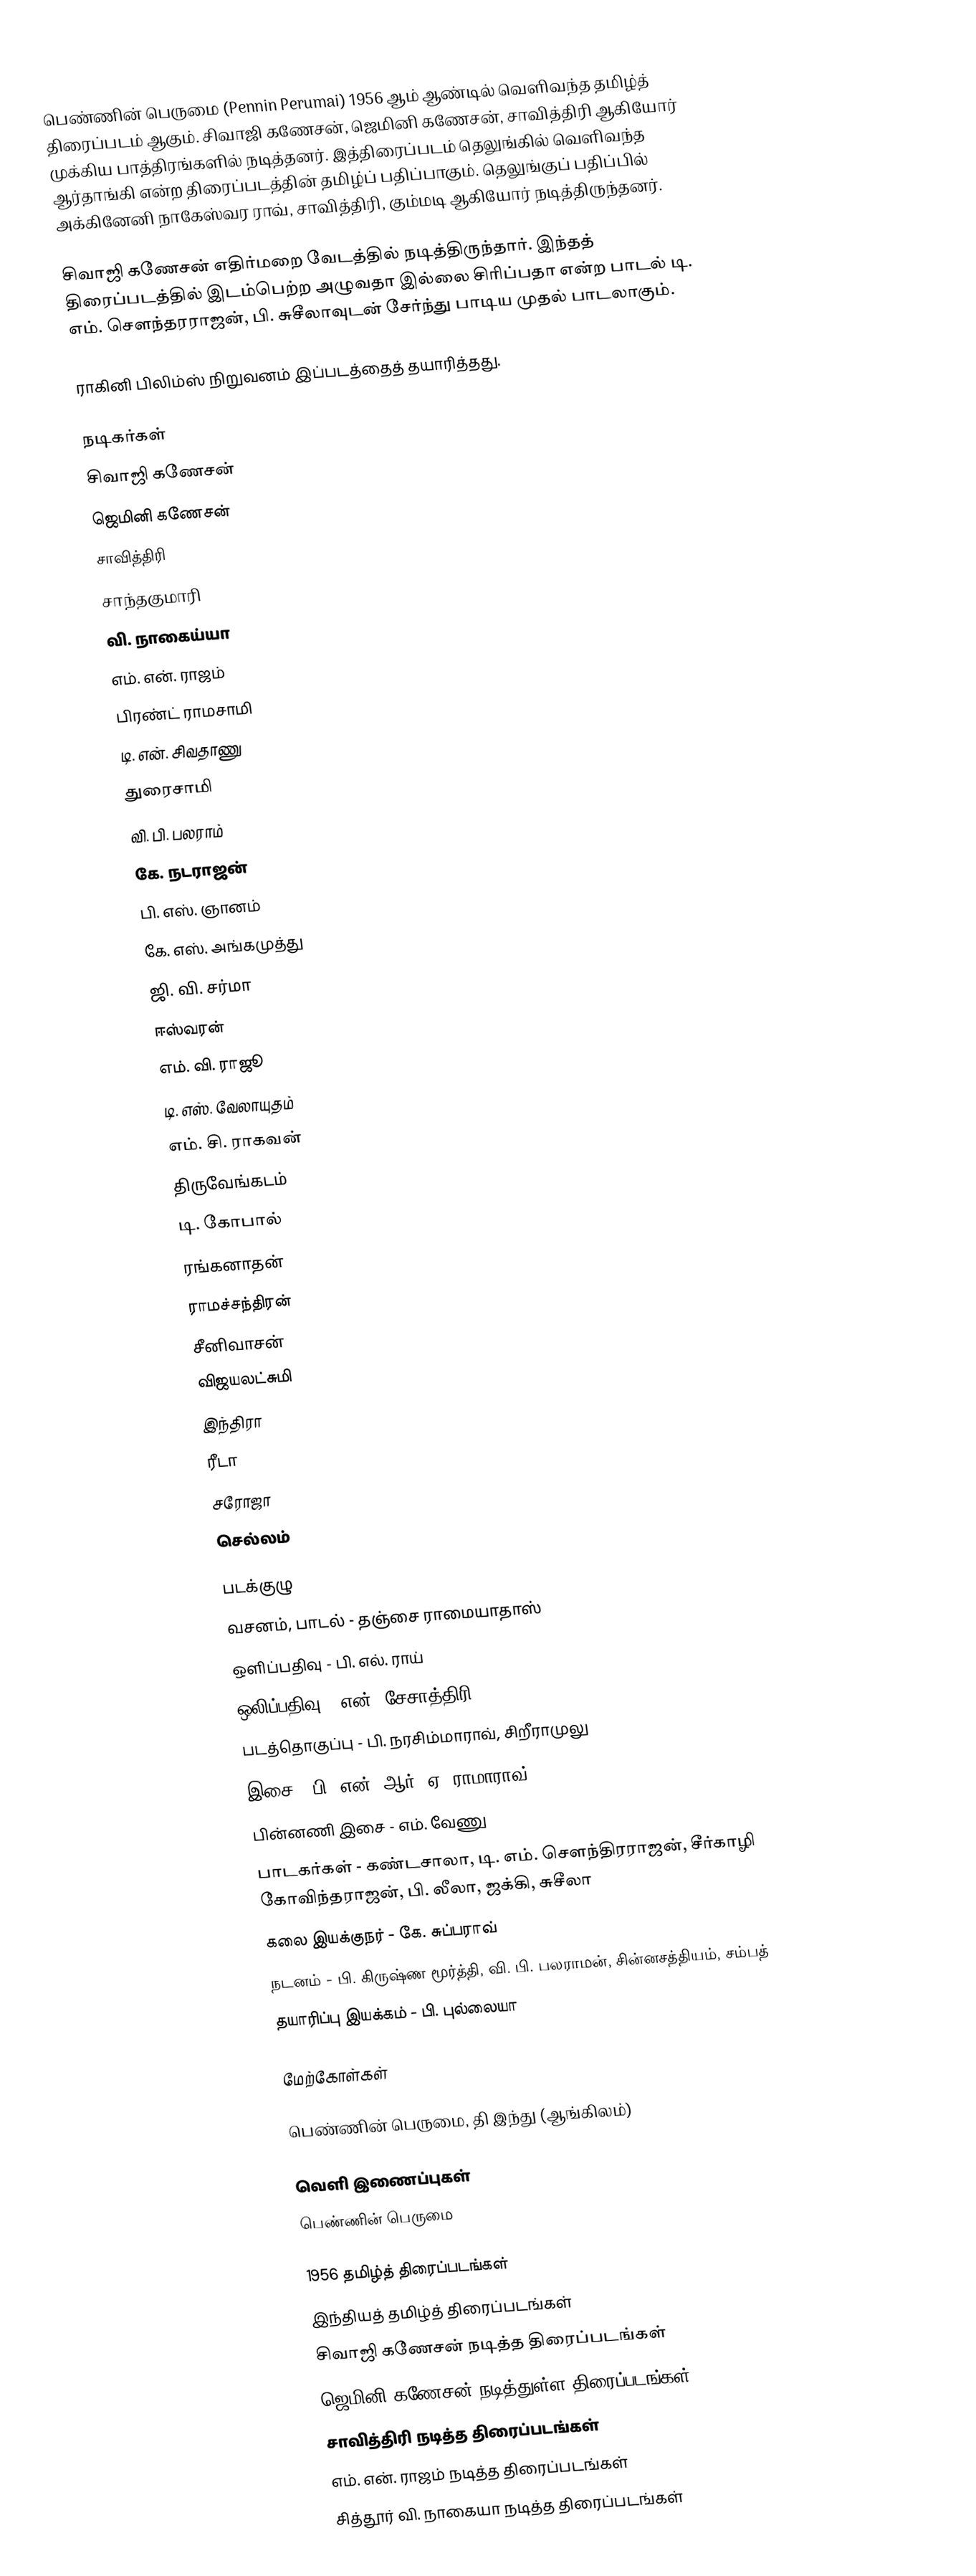
பெண்ணின் பெருமை (Pennin Perumai) 1956 ஆம் ஆண்டில் வெளிவந்த தமிழ்த் திரைப்படம் ஆகும். சிவாஜி கணேசன், ஜெமினி கணேசன், சாவித்திரி ஆகியோர் முக்கிய பாத்திரங்களில் நடித்தனர். இத்திரைப்படம் தெலுங்கில் வெளிவந்த ஆர்தாங்கி என்ற திரைப்படத்தின் தமிழ்ப் பதிப்பாகும். தெலுங்குப் பதிப்பில் அக்கினேனி நாகேஸ்வர ராவ், சாவித்திரி, கும்மடி ஆகியோர் நடித்திருந்தனர்.

சிவாஜி கணேசன் எதிர்மறை வேடத்தில் நடித்திருந்தார். இந்தத் திரைப்படத்தில் இடம்பெற்ற அழுவதா இல்லை சிரிப்பதா என்ற பாடல் டி. எம். சௌந்தரராஜன், பி. சுசீலாவுடன் சேர்ந்து பாடிய முதல் பாடலாகும்.

ராகினி பிலிம்ஸ் நிறுவனம் இப்படத்தைத் தயாரித்தது.

நடிகர்கள்
 சிவாஜி கணேசன்
 ஜெமினி கணேசன்
 சாவித்திரி
 சாந்தகுமாரி
 வி. நாகைய்யா
 எம். என். ராஜம்
 பிரண்ட் ராமசாமி
 டி. என். சிவதாணு
 துரைசாமி
 வி. பி. பலராம்
 கே. நடராஜன்
 பி. எஸ். ஞானம்
 கே. எஸ். அங்கமுத்து
 ஜி. வி. சர்மா
 ஈஸ்வரன்
 எம். வி. ராஜூ
 டி. எஸ். வேலாயுதம்
 எம். சி. ராகவன்
 திருவேங்கடம்
 டி. கோபால்
 ரங்கனாதன்
 ராமச்சந்திரன்
 சீனிவாசன்
 விஜயலட்சுமி
 இந்திரா
 ரீடா
 சரோஜா
 செல்லம்

படக்குழு
 வசனம், பாடல் - தஞ்சை ராமையாதாஸ்
 ஒளிப்பதிவு - பி. எல். ராய்
 ஒலிப்பதிவு - என். சேசாத்திரி
 படத்தொகுப்பு - பி. நரசிம்மாராவ், சிறீராமுலு
 இசை - பி. என். ஆர், ஏ. ராமாராவ்
 பின்னணி இசை - எம். வேணு
 பாடகர்கள் - கண்டசாலா, டி. எம். சௌந்திரராஜன், சீர்காழி கோவிந்தராஜன், பி. லீலா, ஜக்கி, சுசீலா
 கலை இயக்குநர் - கே. சுப்பராவ்
 நடனம் - பி. கிருஷ்ண மூர்த்தி, வி. பி. பலராமன், சின்னசத்தியம், சம்பத்
 தயாரிப்பு இயக்கம் - பி. புல்லையா

மேற்கோள்கள்

 பெண்ணின் பெருமை, தி இந்து (ஆங்கிலம்)

வெளி இணைப்புகள்
 பெண்ணின் பெருமை

1956 தமிழ்த் திரைப்படங்கள்
இந்தியத் தமிழ்த் திரைப்படங்கள்
சிவாஜி கணேசன் நடித்த திரைப்படங்கள்
ஜெமினி கணேசன் நடித்துள்ள திரைப்படங்கள்
சாவித்திரி நடித்த திரைப்படங்கள்
எம். என். ராஜம் நடித்த திரைப்படங்கள்
சித்தூர் வி. நாகையா நடித்த திரைப்படங்கள்